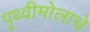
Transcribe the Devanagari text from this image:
पृथ्वीमोलाचे